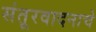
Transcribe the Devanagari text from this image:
संतूरवादनाचे